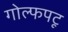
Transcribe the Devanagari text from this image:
गोल्फपटू